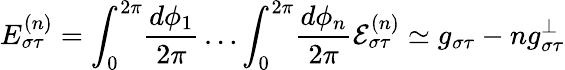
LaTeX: E_{\sigma\tau}^{(n)}=\int_{0}^{2\pi}\! \frac{d\phi_{1}}{2\pi}\ldots\int_{0}^{2\pi}\! \frac{d\phi_{n}}{2\pi}{\cal E}_{\sigma\tau}^{(n)}\simeq g_{\sigma\tau}-ng_{\sigma\tau}^{\perp}